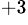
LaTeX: ^{+3}